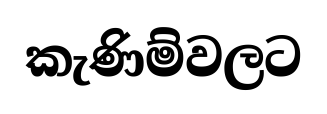
කැණිම්වලට